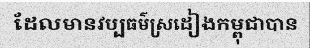
ដែលមានវប្បធម៌ស្រដៀងកម្ពុជាបាន